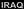
IRAQ